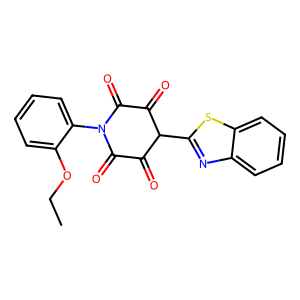
SMILES: CCOc1ccccc1N1C(=O)C(=O)C(c2nc3ccccc3s2)C(=O)C1=O
Inhibits HIV replication: No